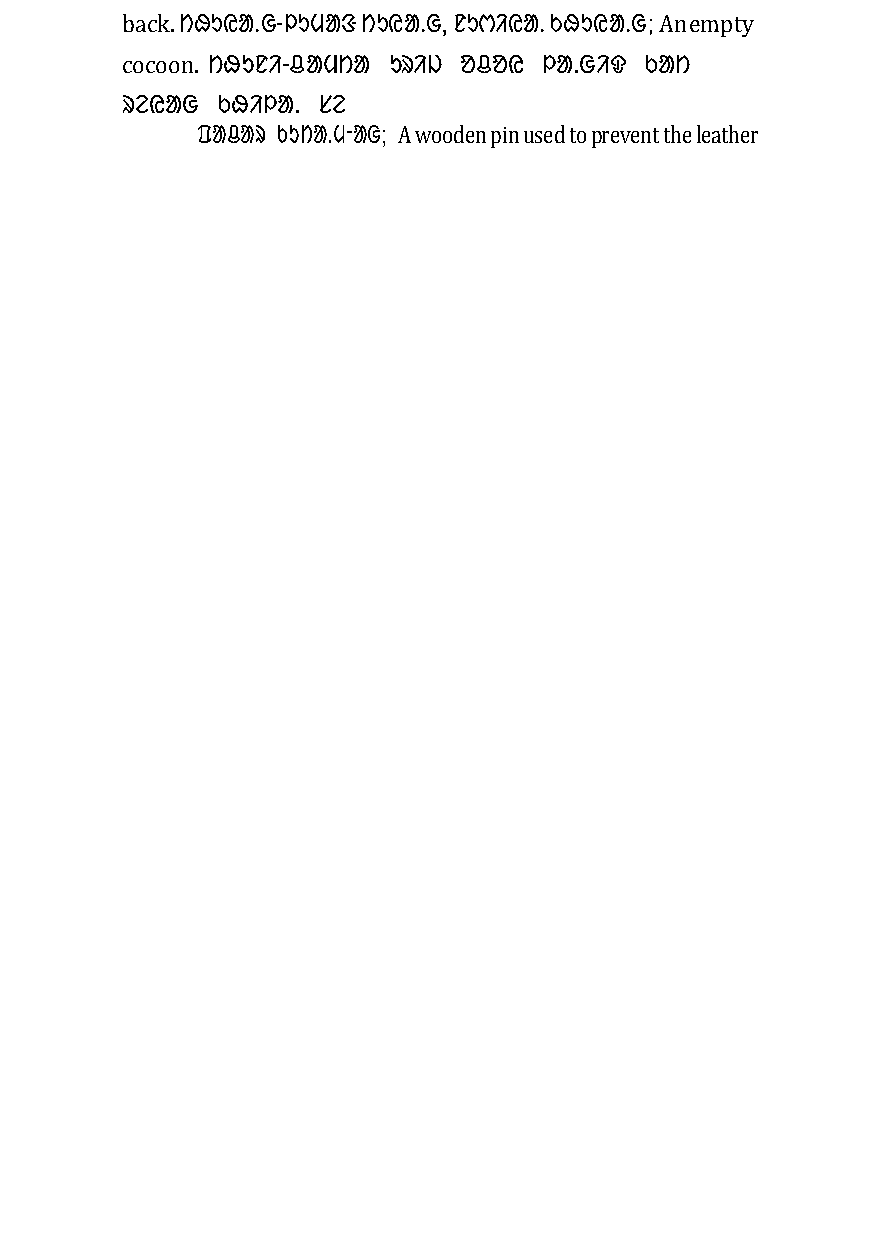
back. ᱴᱷᱩᱭᱟᱹᱜ-ᱞᱩᱢᱟᱝ ᱴᱩᱭᱟᱹᱜ, ᱱᱩᱬᱤᱭᱟᱹ ᱠᱷᱩᱭᱟᱹᱜ; An empty
 cocoon. ᱴᱷᱩᱱᱤ-ᱪᱟᱢᱴᱟ ᱩᱨᱤᱡ ᱚᱪᱚᱭ ᱞᱟᱹᱜᱤᱫ ᱠᱟᱴ
 ᱨᱮᱭᱟᱜ ᱠᱷᱤᱞᱟᱹ ᱥᱮ
 ᱯᱟᱪᱟᱨ ᱠᱩᱴᱟᱹᱢᱼᱟᱜ; A wooden pin used to prevent the leather